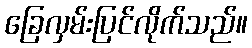
ခြေလှမ်းပြင်လိုက်သည်။